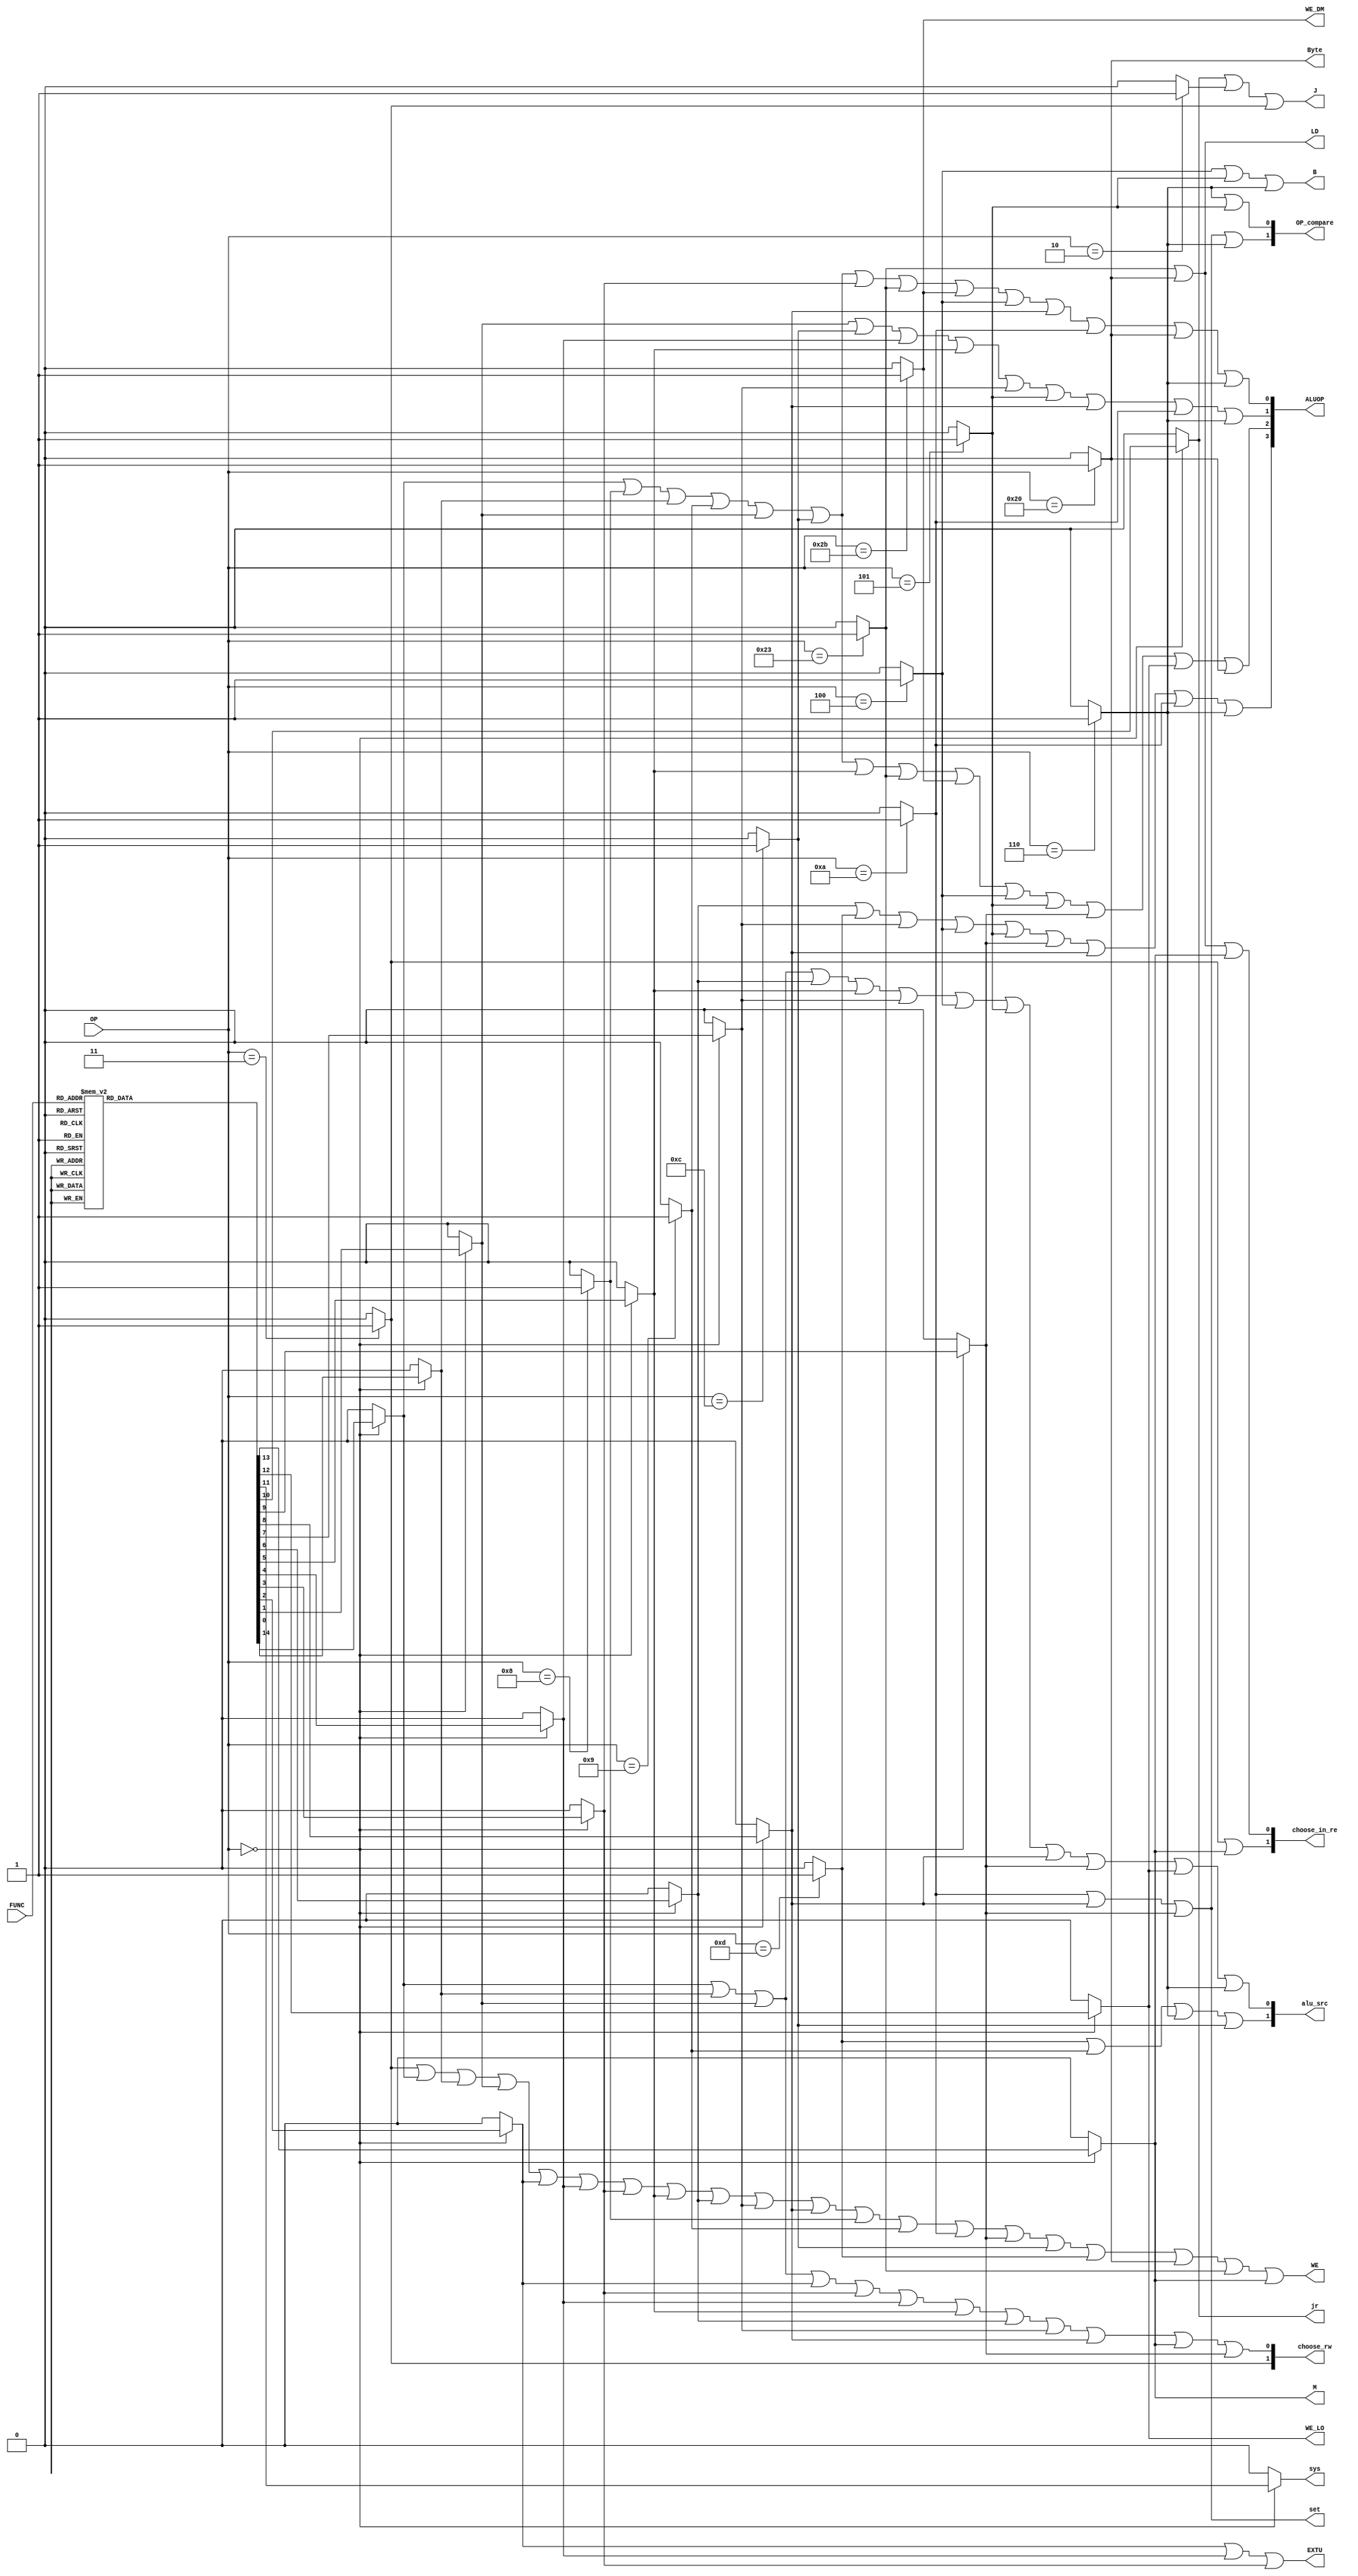
`timescale 1ns / 1ps
//////////////////////////////////////////////////////////////////////////////////
// Company: 
// Engineer: 
// 
// Design Name: 
// Module Name: control
// Project Name: 
// Target Devices: 
// Tool Versions: 
// Description: 
// 
// Dependencies: 
// 
// Revision:
// Revision 0.01 - File Created
// Additional Comments:
// 
//////////////////////////////////////////////////////////////////////////////////


module control(OP,FUNC,WE,choose_in_re,EXTU,choose_rw,alu_src,
ALUOP,WE_DM,WE_LO,J,jr,B,OP_compare,Byte,set,sys,LD,M);
input [5:0]OP;             //OP
input [5:0]FUNC;          //FUNC

//input [1:0]state;         //

output WE;
output [1:0]choose_in_re;
output EXTU;
output [1:0]choose_rw;
output [1:0]alu_src;
output [3:0]ALUOP;
output WE_DM;
output WE_LO;
output J;
output jr;
output B;
output [1:0]OP_compare;
output Byte;
output set;
output sys;
output LD;
output M;

reg ADD,ADDU,AND,SLL,SRA,SRL,SUB,OR,NOR,SLT,SLTU,JR,syscall;
reg ADDI,ADDIU,ANDI,ORI,LW,SW,BEQ,BNE,SLTI,JUMP,JAL;
reg DIVU, MFLO, BLEZ, LB;

//?
initial
begin
	ADD = 0;
	ADDU = 0;
	AND = 0;
	SLL = 0;
	SRA = 0;
	SRL = 0;
	SUB = 0;
	OR = 0;
	NOR = 0;
	SLT = 0;
	SLTU = 0;
	JR = 0;
	syscall = 0;
	ADDI = 0;
	ADDIU = 0;
	ANDI = 0;
	ORI = 0;
	LW = 0;
	SW = 0;
	BEQ = 0;
	BNE = 0;
	SLTI = 0;
	JUMP = 0;
	JAL = 0;
	DIVU=0; 
	MFLO=0;
	BLEZ=0;
	LB=0;
end


always @(*)
begin       
	ADD = 0;
	ADDU = 0;
	AND = 0;
	SLL = 0;
	SRA = 0;
	SRL = 0;
	SUB = 0;
	OR = 0;
	NOR = 0;
	SLT = 0;
	SLTU = 0;
	JR = 0;
	syscall = 0;
	ADDI = 0;
	ADDIU = 0;
	ANDI = 0;
	ORI = 0;
	LW = 0;
	SW = 0;
	BEQ = 0;
	BNE = 0;
	SLTI = 0;
	JUMP = 0;
	JAL = 0;
	
	DIVU=0; 
	MFLO=0;
	BLEZ=0;
	LB=0;
    
	case(OP)
	6'b000000:
	begin
		case(FUNC)
		6'b100000:ADD = 1;
		6'b100001:ADDU = 1;
		6'b100100:AND = 1;
		6'b000000:SLL = 1;
		6'b000011:SRA = 1;
		6'b000010:SRL = 1;
		6'b100010:SUB = 1;
		6'b100101:OR = 1;
		6'b100111:NOR = 1;
		6'b101010:SLT = 1;
		6'b101011:SLTU = 1;
		6'b001000:JR = 1;
		6'b001100:syscall = 1;
		6'b011011:DIVU = 1;
		6'b010010:MFLO = 1;
		
		endcase
	end
	6'b100000:LB = 1;
	6'b000110:BLEZ = 1;
	6'b001000:ADDI = 1;
	6'b001001:ADDIU = 1;
	6'b001100:ANDI = 1;
	6'b001101:ORI = 1;
	6'b100011:LW = 1;
	6'b101011:SW = 1;
	6'b000100:BEQ = 1;
	6'b000101:BNE = 1;
	6'b001010:SLTI = 1;
	6'b000010:JUMP = 1;
	6'b000011:JAL = 1;
	
	endcase
end

// WE,choose_in_re,EXTU,choose_rw,alu_src,
// ALUOP,WE_DM,WE_LO,J,jr,B,OP_compare,Byte,set,sys,LD,M

assign WE = JAL|ADD|ADDU|AND|SLL|SRL|SRA|SUB|OR|NOR|SLT|ADDI|ADDIU|SLTI|SLTU|ANDI|ORI|LB|LW|MFLO;
//assign STOP = (number = 32'Ha)&syscall;
assign choose_in_re = {JAL|MFLO,LW|LB|MFLO};
assign EXTU = SLL|SRL|SRA;
assign choose_rw = {JAL,ADD|ADDU|AND|SLL|SRA|SRL|SUB|OR|NOR|SLT|MFLO|SLTU};
assign alu_src = {ORI|ADDIU|BLEZ|ANDI, ADDU|ADD|AND|OR|SUB|NOR|BEQ|BNE|SLT|SLTU|DIVU|BLEZ};
assign ALUOP[0] = ADD|ADDI|ADDU|ADDIU|AND|ANDI|SRA|LW|SW|BEQ|SLT|SLTI|LB|BLEZ;
assign ALUOP[1] = AND|ANDI|SRL|SUB|NOR|BNE|SLT|SLTI|BLEZ;
assign ALUOP[2] = ADD|ADDI|ADDU|ADDIU|AND|ANDI|SUB|LW|SW|BEQ|BNE|SLTU|DIVU|LB;
assign ALUOP[3] = OR|ORI|NOR|BEQ|BNE|SLTU|SLT|SLTI|BLEZ;
assign WE_DM = SW;
assign WE_LO = DIVU;
assign J = JR|JUMP|JAL;
assign jr = JR;
assign B = BEQ|BNE|BLEZ;
assign OP_compare = {SLTI|SLT|SLTU|BLEZ, BLEZ|BNE};
assign Byte = LB;
assign set = SLTI|SLT|SLTU;
assign sys = syscall;
assign LD = LW|LB;
assign M = MFLO;
endmodule